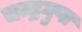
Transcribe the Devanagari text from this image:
चन्द्रगुप्त